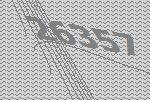
26357